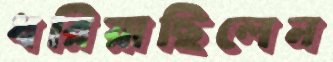
ধরিয়াছিলেন